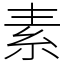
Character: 素